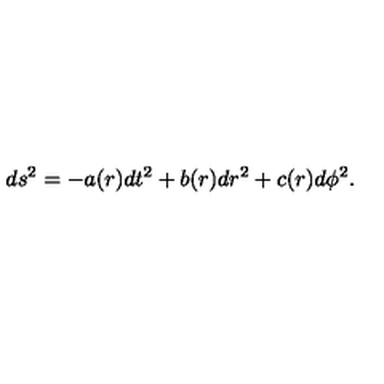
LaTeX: d s ^ { 2 } = - a ( r ) d t ^ { 2 } + b ( r ) d r ^ { 2 } + c ( r ) d \phi ^ { 2 } .